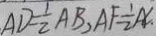
A D = \frac { 1 } { 2 } A B , A F = \frac { 1 } { 2 } A C .